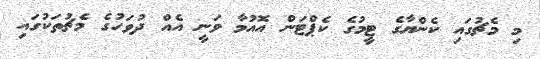
މި މެޗުގައި ކެންޔާގެ ޓީމުގެ ކެޕްޓަން އޮއުމާ ވަނީ އެއް ދުވަހުގެ މެޗުތަކުގައި